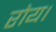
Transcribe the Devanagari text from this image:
रोय।